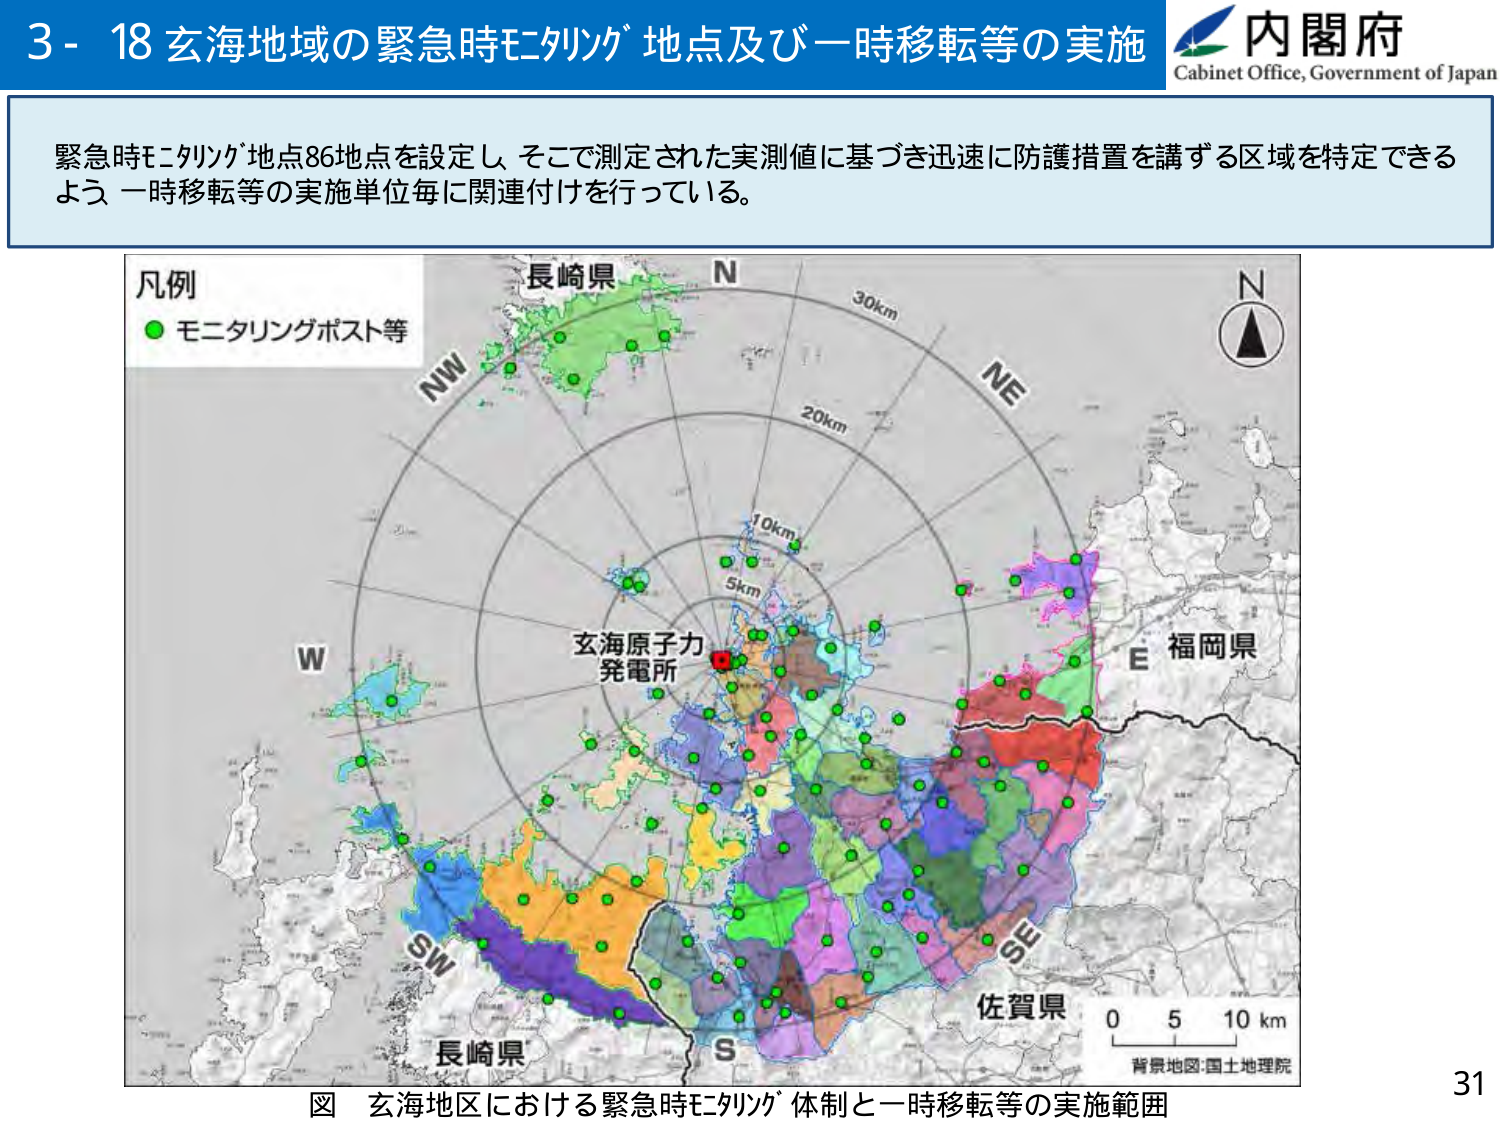
3 - 18 玄海地域の緊急時モニタリング地点及び一時移転等の実施
内閣府
Cabinet Office, Government of Japan

緊急時モニタリング地点86地点を設定し、そこで測定された実測値に基づき迅速に防護措置を講ずる区域を特定できるよう、一時移転等の実施単位毎に関連付けを行っている。

凡例
● モニタリングポスト等

長崎県
N
30km
NW
20km
NE
10km
5km
W
玄海原子力発電所
E 福岡県
SW
SE
S
佐賀県
0 5 10 km
背景地図:国土地理院

図 玄海地区における緊急時モニタリング体制と一時移転等の実施範囲
31